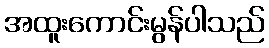
အထူးကောင်းမွန်ပါသည်